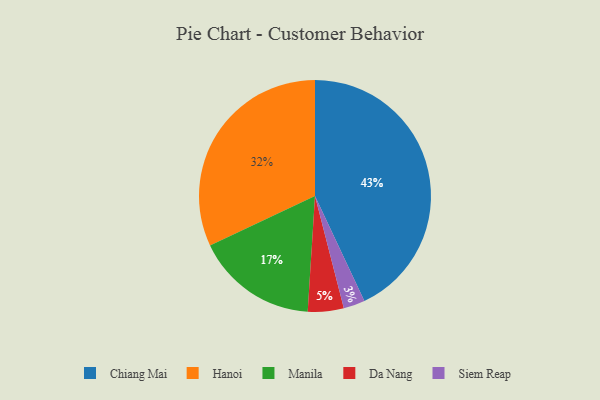
{"axis": {"x": "Category", "y": "Percentage"}, "legend": ["Chiang Mai", "Da Nang", "Hanoi", "Manila", "Siem Reap"], "data": [{"x": "Chiang Mai", "y": 43, "type": "Chiang Mai"}, {"x": "Hanoi", "y": 32, "type": "Hanoi"}, {"x": "Manila", "y": 17, "type": "Manila"}, {"x": "Siem Reap", "y": 3, "type": "Siem Reap"}, {"x": "Da Nang", "y": 5, "type": "Da Nang"}]}